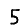
Digit: 5